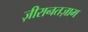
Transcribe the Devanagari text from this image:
ज़ीरानतज़ाम